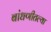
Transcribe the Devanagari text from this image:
बांधणीतल्या